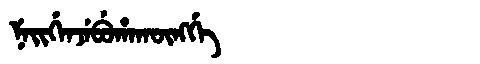
Manchu: ᠨᡝᡳᡤᡝᠨᠵᡝᠪᡠᡥᠠᡴᡡᠩᡤᡝ
Romanization: NEIGENJEBUHAKŪNGGE